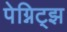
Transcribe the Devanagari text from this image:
पेग्निट्झ